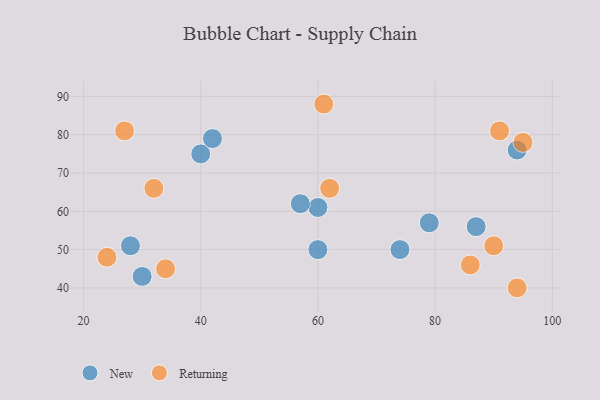
{"axis": {"x": "GDP", "y": "Life Expectancy"}, "legend": ["New", "Returning"], "data": [{"x": "28", "y": 51, "type": "New"}, {"x": "60", "y": 50, "type": "New"}, {"x": "79", "y": 57, "type": "New"}, {"x": "30", "y": 43, "type": "New"}, {"x": "40", "y": 75, "type": "New"}, {"x": "60", "y": 61, "type": "New"}, {"x": "94", "y": 76, "type": "New"}, {"x": "42", "y": 79, "type": "New"}, {"x": "57", "y": 62, "type": "New"}, {"x": "87", "y": 56, "type": "New"}, {"x": "74", "y": 50, "type": "New"}, {"x": "86", "y": 46, "type": "Returning"}, {"x": "94", "y": 40, "type": "Returning"}, {"x": "91", "y": 81, "type": "Returning"}, {"x": "27", "y": 81, "type": "Returning"}, {"x": "95", "y": 78, "type": "Returning"}, {"x": "62", "y": 66, "type": "Returning"}, {"x": "90", "y": 51, "type": "Returning"}, {"x": "61", "y": 88, "type": "Returning"}, {"x": "24", "y": 48, "type": "Returning"}, {"x": "34", "y": 45, "type": "Returning"}, {"x": "32", "y": 66, "type": "Returning"}]}